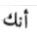
أنك